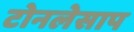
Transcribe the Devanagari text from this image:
टोनलेसाप